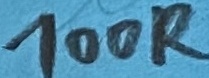
Text: 100R